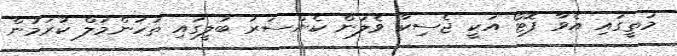
މަތީގައި އެވާ ފޮޓޯ އަކީ ޖެސިކާ ވެލަން ކެންސަރު ބަލީގައި ތަހަންމަލް ކުރަމުން